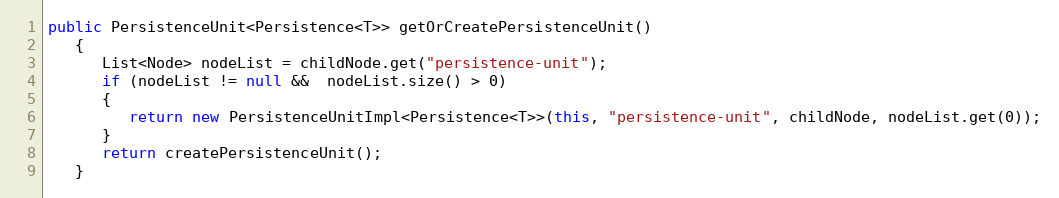
Language: Java
public PersistenceUnit<Persistence<T>> getOrCreatePersistenceUnit()
   {
      List<Node> nodeList = childNode.get("persistence-unit");
      if (nodeList != null &&  nodeList.size() > 0)
      {
         return new PersistenceUnitImpl<Persistence<T>>(this, "persistence-unit", childNode, nodeList.get(0));
      }
      return createPersistenceUnit();
   }